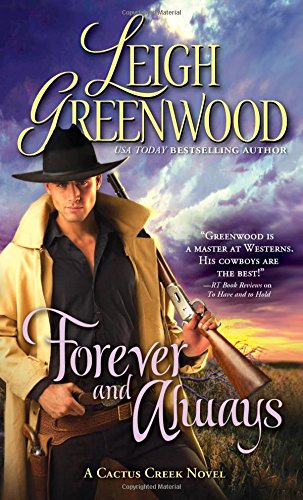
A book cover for Forever and Always (Cactus Creek Cowboys); Leigh Greenwood; Romance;